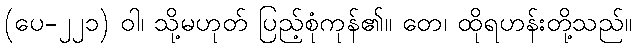
(ပေ-၂၂၁) ဝါ၊ သို့မဟုတ် ပြည့်စုံကုန်၏။ တေ၊ ထိုရဟန်းတို့သည်။